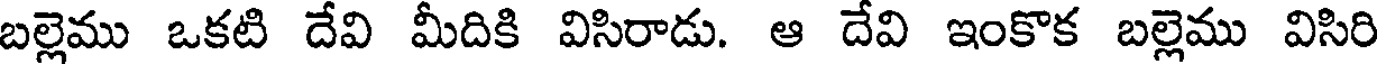
బల్లెము ఒకటి దేవి మీదికి విసిరాడు. ఆ దేవి ఇంకొక బల్లెము విసిరి